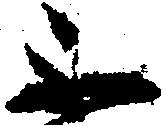
不